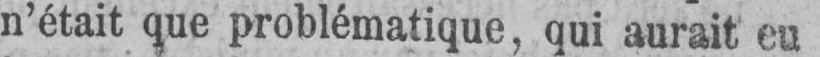
n’était que problématique, qui aurait eu